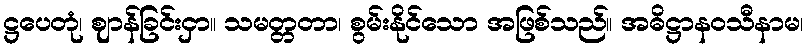
ဋ္ဌပေတုံ၊ ဈာန်ခြင်းငှာ။ သမတ္တတာ၊ စွမ်းနိုင်သော အဖြစ်သည်။ အဓိဋ္ဌာနဝသီနာမ၊